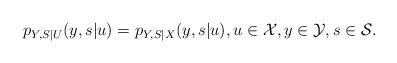
LaTeX: \begin{align*}p_{Y,S|U}(y,s|u)=p_{Y,S|X}(y,s|u),u\in\mathcal{X},y\in\mathcal{Y},s\in\mathcal{S}.\end{align*}